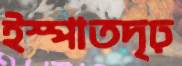
ইস্পাতদৃঢ়